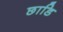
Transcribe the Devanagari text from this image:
छाडि